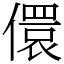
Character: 儇